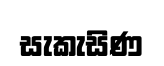
සැකැසිණ